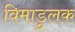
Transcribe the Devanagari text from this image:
विमाडुलक